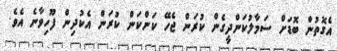
އެގޮތުން ބޮޑަށް ސަމާލުކަންދީގެން ކުރަން ޖެހޭ ކަންކަން ކުރަން އެކުދިން ފޫހިވާނެ އެވެ.